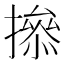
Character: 撡